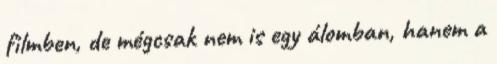
filmben, de mégcsak nem is egy álomban, hanem a